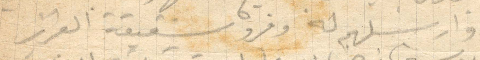
وارسلهم له وفرو شقيقة العزيز